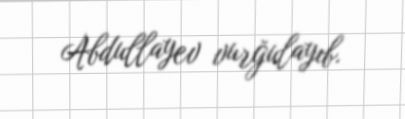
Abdullayev vurğulayıb.